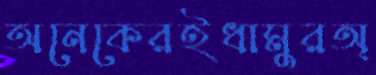
অনেকেরইধামুরঅ্